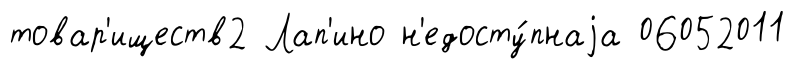
товар'иществ2 Лап'ино н'едосту́пнаjа 06052011